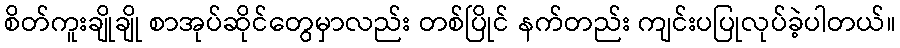
စိတ်ကူးချိုချို စာအုပ်ဆိုင်တွေမှာလည်း တစ်ပြိုင် နက်တည်း ကျင်းပပြုလုပ်ခဲ့ပါတယ်။